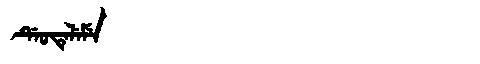
Manchu: ᡩᡝᠣᡨᡝᠯᡝᠮᡝ
Romanization: DEOTELEME